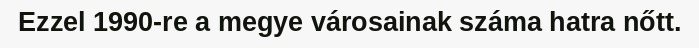
Ezzel 1990-re a megye városainak száma hatra nőtt.